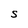
Character: S